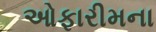
ઓફારીમના